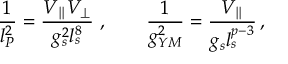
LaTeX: \frac { 1 } { l _ { P } ^ { 2 } } = \frac { V _ { \parallel } V _ { \perp } } { g _ { s } ^ { 2 } l _ { s } ^ { 8 } } \ , \qquad \frac { 1 } { g _ { Y M } ^ { 2 } } = \frac { V _ { \parallel } } { g _ { s } l _ { s } ^ { p - 3 } } \, ,